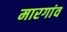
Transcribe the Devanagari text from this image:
मारगांव